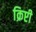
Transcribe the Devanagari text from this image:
क्रिप्टी